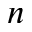
n